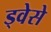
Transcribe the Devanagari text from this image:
ड्वेसे